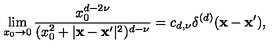
\lim _ { x _ { 0 } \to 0 } { \frac { x _ { 0 } ^ { d - 2 \nu } } { ( x _ { 0 } ^ { 2 } + | { \bf x } - { \bf x } ^ { \prime } | ^ { 2 } ) ^ { d - \nu } } } = c _ { d , \nu } \delta ^ { ( d ) } ( { \bf x } - { \bf x } ^ { \prime } ) ,